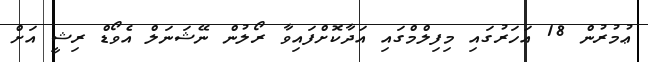
ޢުމުރުން 18 އަހަރުގައި މިފިލްމްގައި އަދާކޮށްފައިވާ ރޯލުން ނޭޝަނަލް އެވޯޑް ރިޝީ އަށް